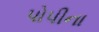
પોપીના